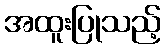
အထူးပြုသည့်